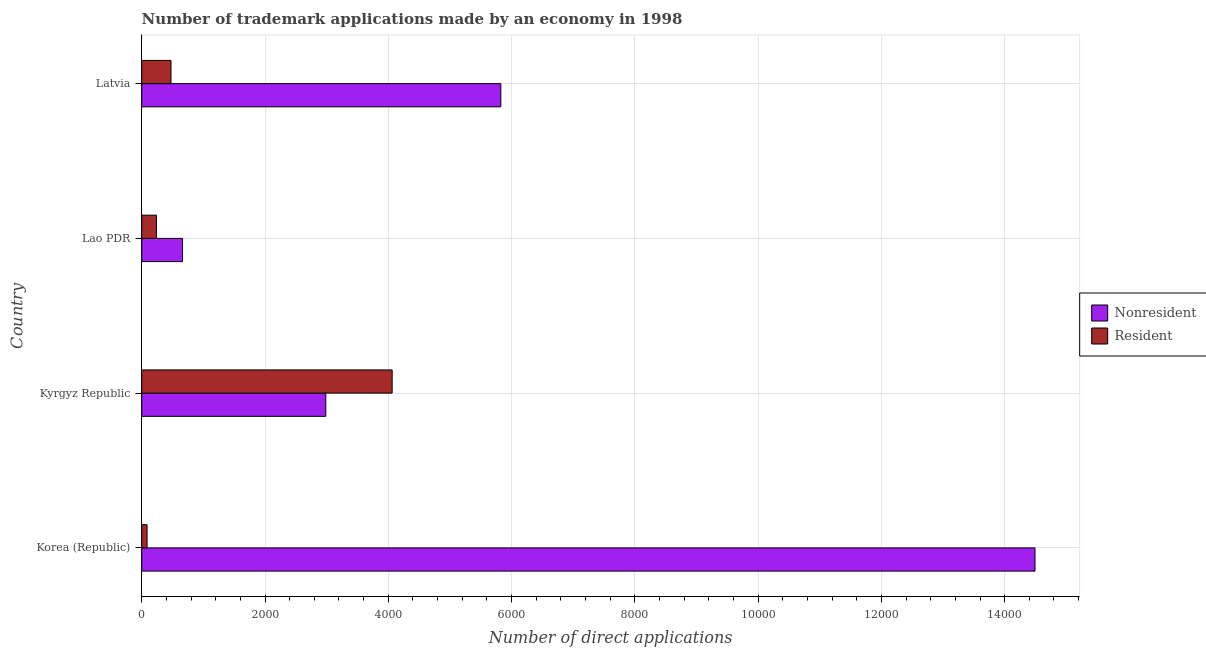
| Country | Nonresident | Resident |
 | --- | --- | --- |
 | Korea (Republic) | 1.45e+04 | 87 |
 | Kyrgyz Republic | 2.99e+03 | 4.06e+03 |
 | Lao PDR | 662 | 239 |
 | Latvia | 5.83e+03 | 475 |